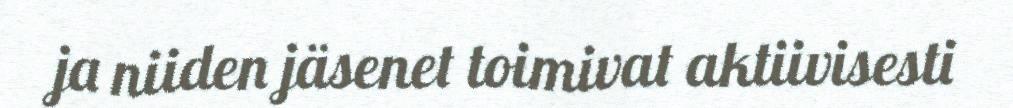
ja niiden jäsenet toimivat aktiivisesti